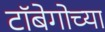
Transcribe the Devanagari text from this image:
टॉबेगोच्या